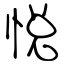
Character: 悦